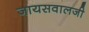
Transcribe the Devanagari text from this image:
जायसवालजी